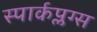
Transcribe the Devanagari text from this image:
स्पार्कप्लग्स